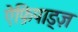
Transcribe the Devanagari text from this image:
ऐंफ़िपाड्ज़